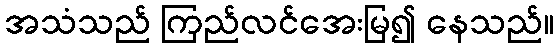
အသံသည် ကြည်လင်အေးမြ၍ နေသည်။